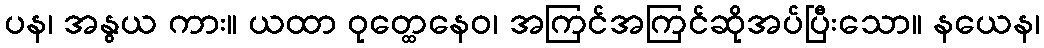
ပန၊ အနွယ ကား။ ယထာ ဝုတ္ထေနေဝ၊ အကြင်အကြင်ဆိုအပ်ပြီးသော။ နယေန၊